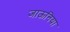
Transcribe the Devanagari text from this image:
जाऊनिया